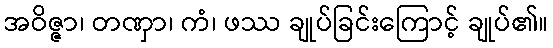
အဝိဇ္ဇာ၊ တဏှာ၊ ကံ၊ ဖဿ ချုပ်ခြင်းကြောင့် ချုပ်၏။